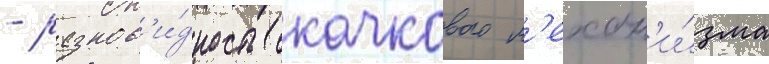
- разнов'и́дность скачкового м'ехан'и́зма